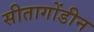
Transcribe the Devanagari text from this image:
सीतागोंडीन